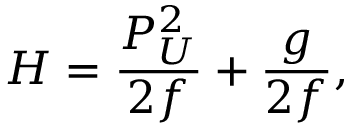
H = { \frac { P _ { U } ^ { 2 } } { 2 f } } + { \frac { g } { 2 f } } ,